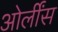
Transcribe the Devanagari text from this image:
ओर्लींस